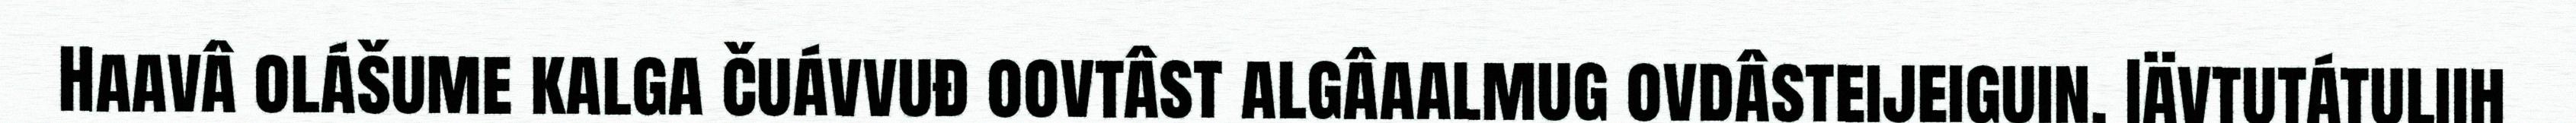
Haavâ olášume kalga čuávvuđ oovtâst algâaalmug ovdâsteijeiguin. Iävtutátuliih